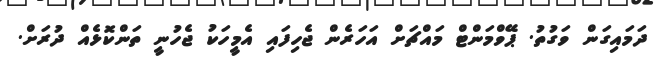
ދަމައިގަން ވަގުތު. ޕޭވްމަންޓް މައްޗަށް އަހަރެން ޖެހިފައި އެމީހަކު ޖެހުނީ ތަންކޮޅެއް ދުރަށް.